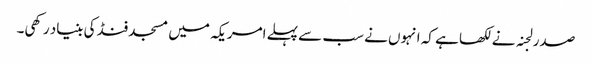
صدر لجنہ نے لکھا ہے کہ انہوں نے سب سے پہلے امریکہ میں مسجد فنڈ کی بنیاد رکھی۔